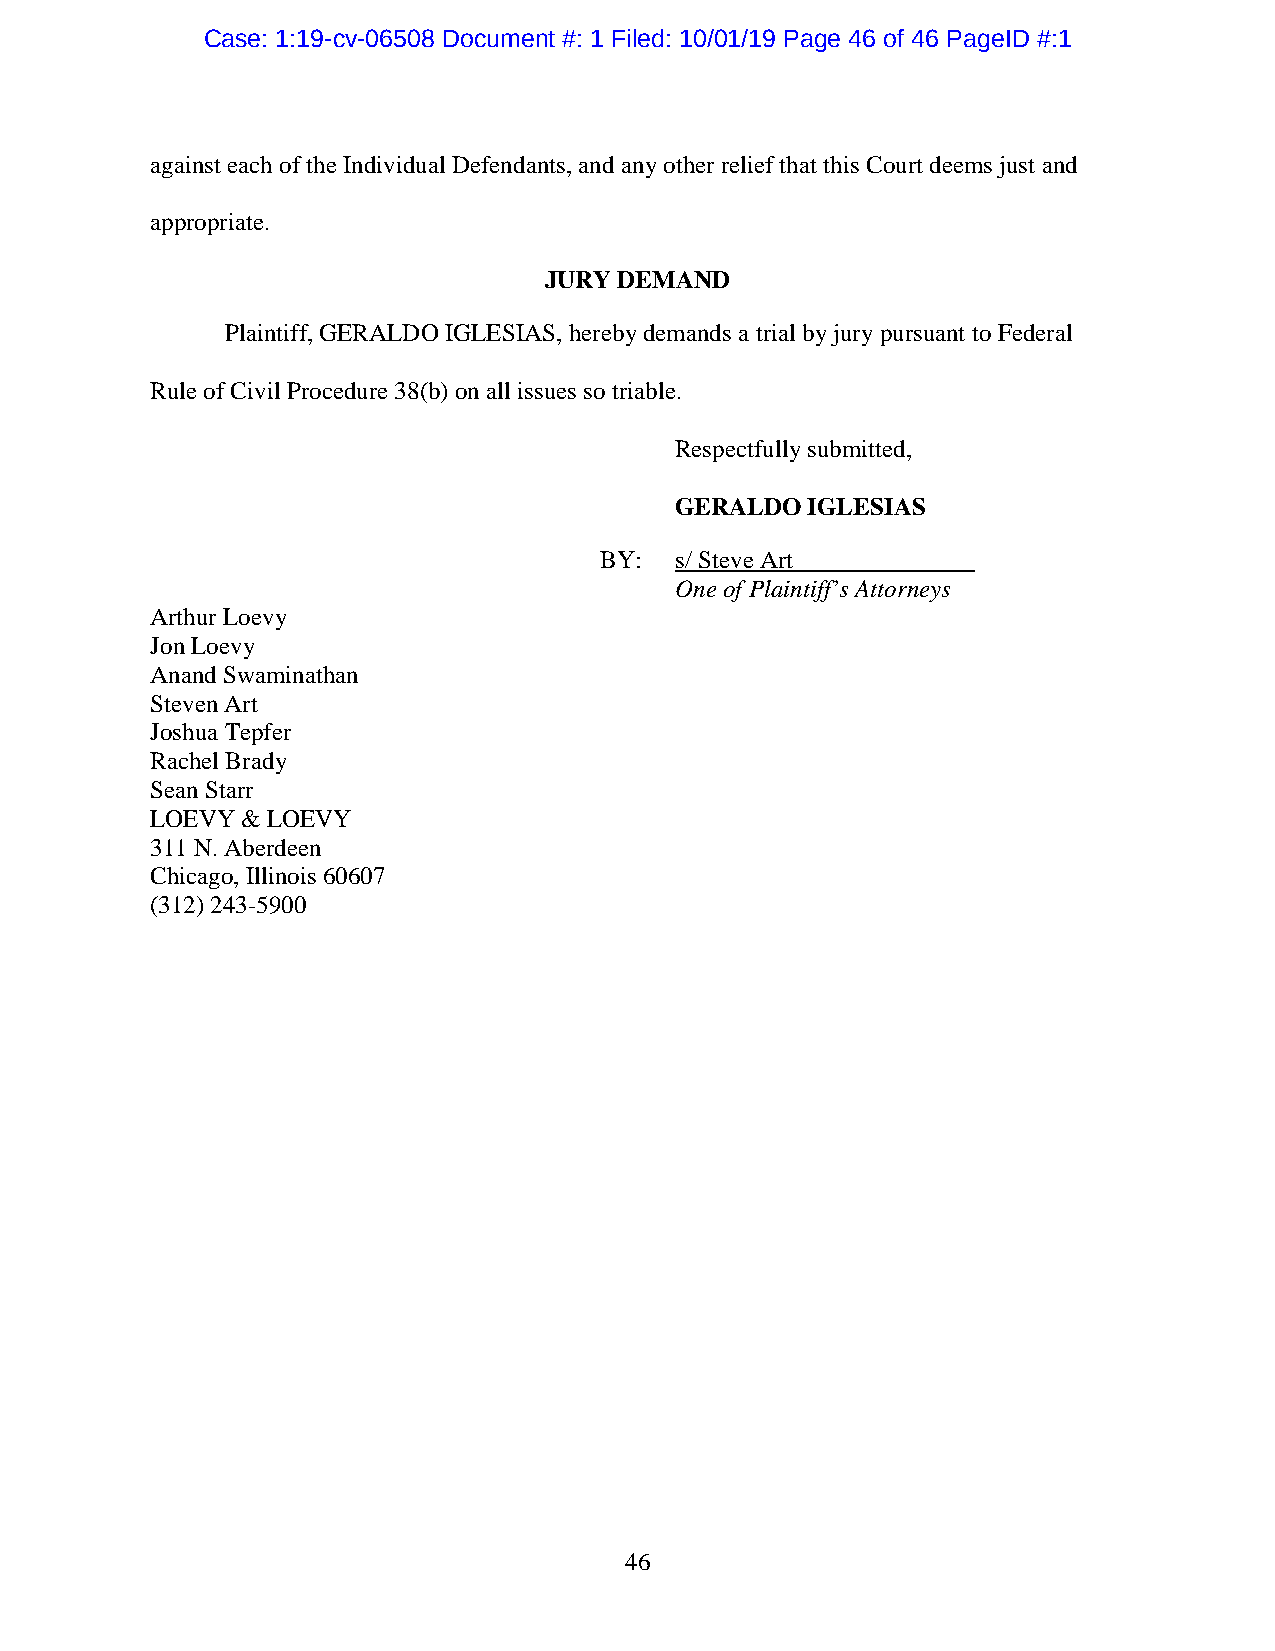
Case: 1:19-cv-06508 Document #: 1 Filed: 10/01/19 Page 46 of 46 PageID #:1
 against each of the Individual Defendants, and any other relief that this Court deems just and
 appropriate.
 JURY DEMAND
 Plaintiff, GERALDO IGLESIAS, hereby demands a trial by jury pursuant to Federal
 Rule of Civil Procedure 38(b) on all issues so triable.
 Respectfully submitted,
 GERALDO IGLESIAS
 BY:  s/ Steve Art
 One of Plaintiff’s Attorneys
 Arthur Loevy
 Jon Loevy
 Anand Swaminathan
 Steven Art
 Joshua Tepfer
 Rachel Brady
 Sean Starr
 LOEVY & LOEVY
 311 N. Aberdeen
 Chicago, Illinois 60607
 (312) 243-5900
 46